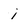
Character: i